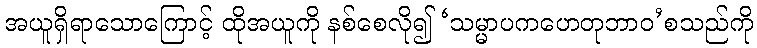
အယူရှိရာသောကြောင့် ထိုအယူကို နစ်စေလို၍ ‘သမ္မာပကဟေတုဘာဝ’စသည်ကို